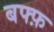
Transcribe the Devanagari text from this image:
बफ्फ़